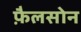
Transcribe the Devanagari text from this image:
फ़ैलसोन